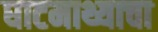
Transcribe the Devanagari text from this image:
घाटमाथ्याचा